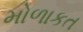
મોળાકત